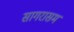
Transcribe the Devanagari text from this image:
सागरासम